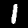
Label: 1